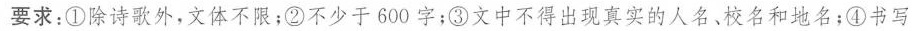
要求：①除诗歌外，文体不限；②不少于600字；③文中不得出现真实的人名、校名和地名；④书写